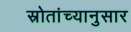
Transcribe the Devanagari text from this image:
स्रोतांच्‍यानुसार